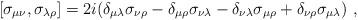
LaTeX: \begin{align*}[\sigma_{\mu\nu},\sigma_{\lambda\rho}]=2i(\delta_{\mu\lambda}\sigma_{\nu\rho}-\delta_{\mu\rho}\sigma_{\nu\lambda}-\delta_{\nu\lambda}\sigma_{\mu\rho}+\delta_{\nu\rho}\sigma_{\mu\lambda}) \ ,\end{align*}